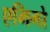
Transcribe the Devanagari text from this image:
एमिगो